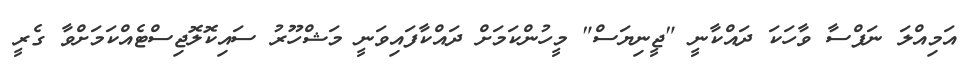
އަމިއްލަ ނަފްސާ ވާހަކަ ދައްކާނީ "ޖީނިޔަސް" މީހުންކަމަށް ދައްކާފައިވަނީ މަޝްހޫރު ސައިކޮލޮޖިސްޓެއްކަމަށްވާ ގެރީ